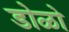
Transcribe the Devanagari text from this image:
डोळो